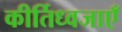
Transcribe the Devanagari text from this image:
कीर्तिध्वजाएँ